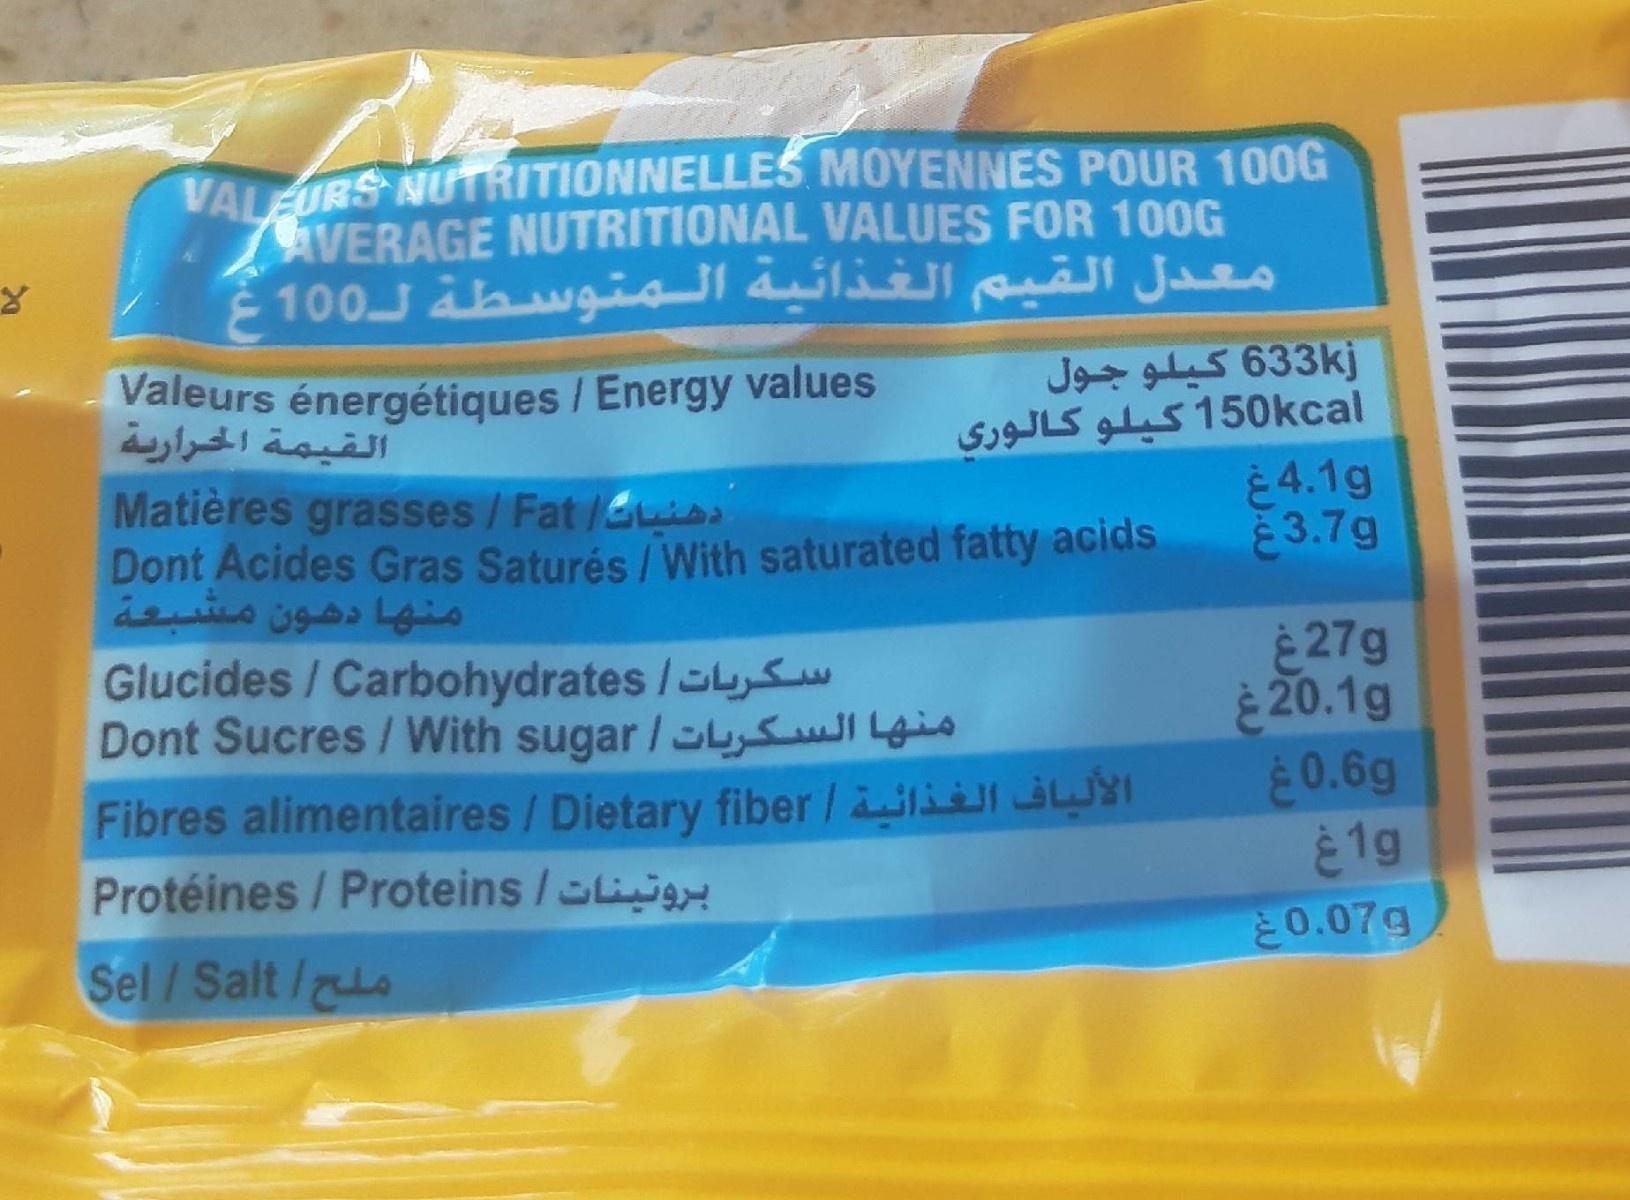
VALEURS NUTRITIONNELLES MOYENNES POUR 100G AVERAGE NUTRITIONAL VALUES FOR 100G معدل القيم الغذائية المتوسطة ل0 10
Valeurs énergétiques / Energy values القيمة الحرارية Matières grasses/Fat/Gus Dont Acides Gras Saturés /With saturated fatty acids منها دهون مشعة
J 5 633kj 150kcal كيلو كالوري 4.1g 3.7g
27g È 20.1g 0.6g 1g
Glucides/ Carbohydrates /Sw Dont Sucres / With sugar /LSl Lgis
Fibres alimentaires/ Dietary fiber/3 WYI Protéines / Proteins /
0.07g
Sel / Salt/s